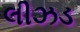
લીઝડ